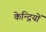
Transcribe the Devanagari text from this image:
केन्द्रियों